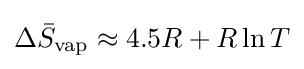
\Delta {\bar {S}}_{\text{vap}}\approx 4.5R+R\ln T